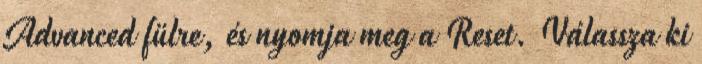
Advanced fülre, és nyomja meg a Reset. Válassza ki